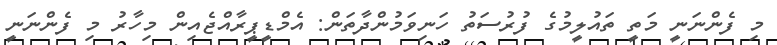
މި ފެންނަނީ މަތީ ތައުލީމުގެ ފުރުސަތު ހަނިވަމުންދާތަން: އެމްޑީޕީރާއްޖެއިން މިހާރު މި ފެންނަނީ